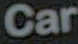
Car